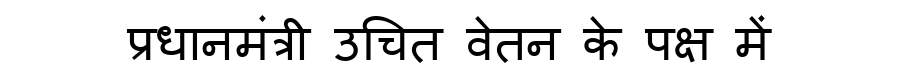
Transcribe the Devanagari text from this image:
प्रधानमंत्री उचित वेतन के पक्ष में